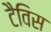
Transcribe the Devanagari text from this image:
टैविस